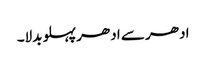
ادھر سے ادھر پہلو بدلا۔